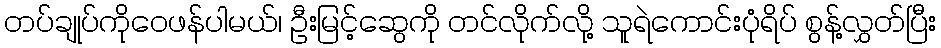
တပ်ချုပ်ကိုဝေဖန်ပါမယ်၊ ဦးမြင့်ဆွေကို တင်လိုက်လို့ သူရဲကောင်းပုံရိပ် စွန့်လွှတ်ပြီး